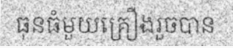
ធុនធំមួយគ្រឿងរួចបាន